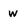
Character: w